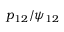
p _ { 1 2 } / \psi _ { 1 2 }